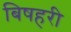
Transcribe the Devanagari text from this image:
बिषहरी